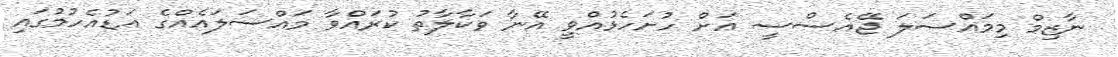
ނާޒިމް މިމައްސަލަ ޖޭއެސްސީ އަށް ހުށަހެޅުއްވީ އޭނާ ވަކާލާތު ކުރައްވާ މައްސަލައެއްގެ އަޑުއެހުމުގައި